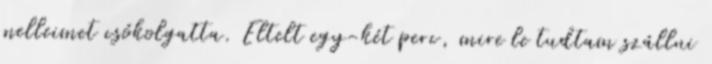
melleimet csókolgatta. Eltelt egy-két perc, mire le tudtam szállni